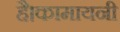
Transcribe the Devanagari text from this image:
है।कामायनी